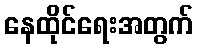
နေထိုင်ရေးအတွက်